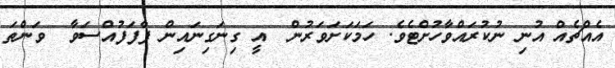
އެއްޗެއް އުނި ނުކުރައްވާހުށްޓެވެ. ހަމަކަށަވަރުން  އީ ގިނަގިނައިން ފާފަފުއްސަވާ  ވަންތަ